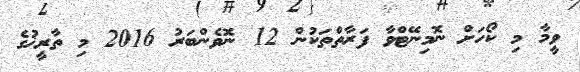
ވީމާ މި ކޯހަށް ނޮމިނޭޓްވާ ފަރާތްތަކުން 12 ނޮވެންބަރު 2016 މި ތާރީޚުގެ